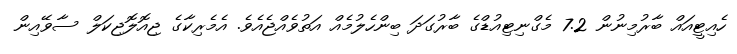
ހެއިޓީއައް ބާރުމިނުން 7.2 މެގްނިޓިއުޑްގެ ބާރުގަދަ ބިންހެލުމެއް އަތުވެއްޖެއެވެ. އެމެރިކާގެ ޖިއޮލޮޖިކަލް ސާވޭއިން